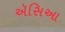
ઍસિઆ